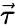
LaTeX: \vec{\tau}